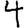
Digit: 4